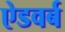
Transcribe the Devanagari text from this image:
ऐडवर्ब